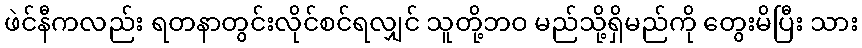
ဖဲင်နီကလည်း ရတနာတွင်းလိုင်စင်ရလျှင် သူတို့ဘဝ မည်သို့ရှိမည်ကို တွေးမိပြီး သား